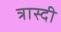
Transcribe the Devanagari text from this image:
त्रास्दी